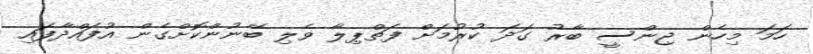
ހަމަ މިހެން ޖިންސީ ބާރު ގަދަ ކުރުމަށް ފަތްޕިލާ ވެލި ބޭނުންކޮށްގެން އުފައްދާފައި